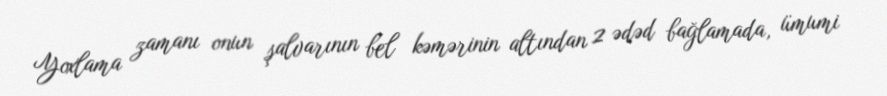
Yoxlama zamanı onun şalvarının bel kəmərinin altından 2 ədəd bağlamada, ümumi